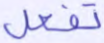
تفعل